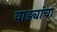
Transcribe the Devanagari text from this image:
वाड्यांचा